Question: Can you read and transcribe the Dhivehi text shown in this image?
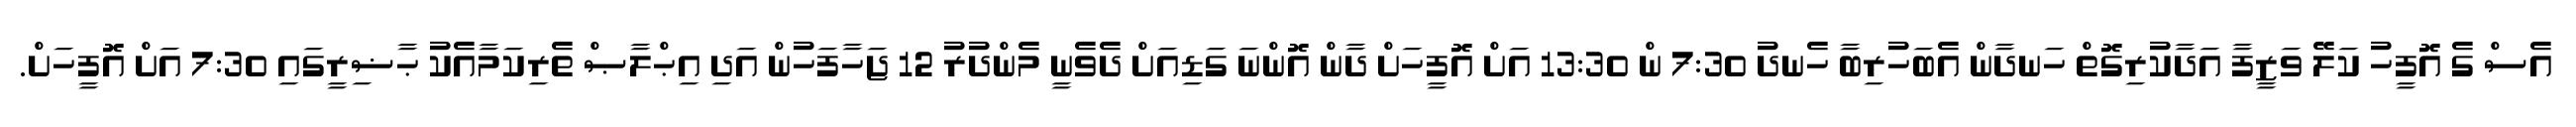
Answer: އެސް ގެ އޮފީހު ކަލޭ ވަޒީފާ އަދާކުރިގޮތް ހަނދާން އެބަހުރިބާ ހެނދު 7:30 ން 13:30 އަށް އޮފީހަށް ދާން އޮންނަ ގަޑިއަށް ދެވެނީ މެންދުރު 12 ޖަހާފަހުން އަދި އިޙްލާޞް ތެރިކަމާއެކު ޙާޟިރީގައި 7:30 އަށް އޮފީހަށް.